Civil Veterinary Dept. North-West Frontier Province 1923-32 - 1923-1932
Year: 1923
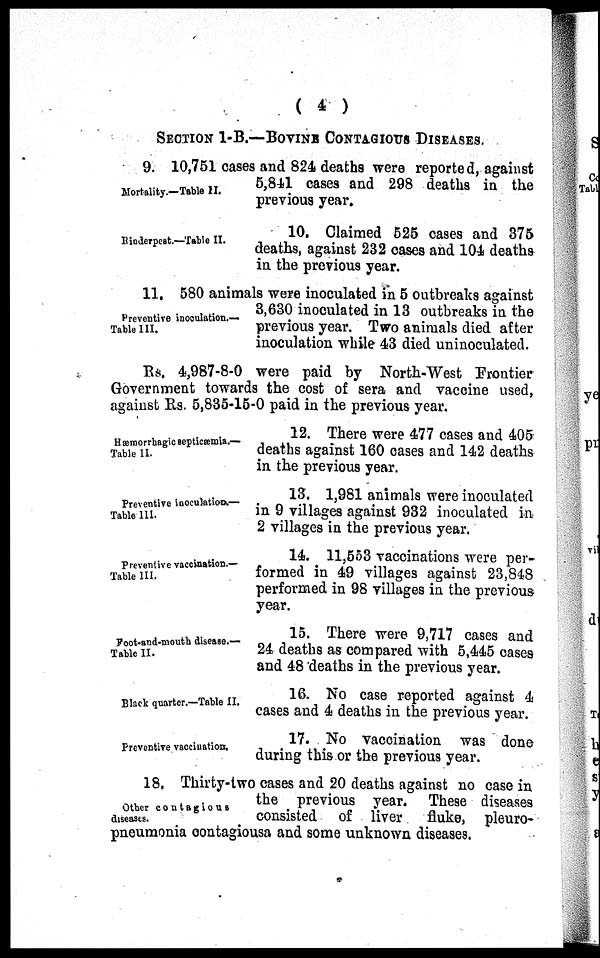
( 4 )
SECTION 1-B.—BOVINE CONTAGIOUS DISEASES.
Mortality.—Table II.
9. 10,751 cases and 824 deaths were reported, against
5,841 cases and 298 deaths in the
previous year.
Rinderpest.—Table II.
10. Claimed 525 cases and 375
deaths, against 232 cases and 104 deaths
in the previous year.
Preventive inoculation.—
Table III.
11. 580 animals were inoculated in 5 outbreaks against
3,630 inoculated in 13 outbreaks in the
previous year. Two animals died after
inoculation while 43 died uninoculated.
Rs. 4,987-8-0 were paid by North-West Frontier
Government towards the cost of sera and vaccine used,
against Rs. 5,835-15-0 paid in the previous year.
Hæmorrhagic septicæmia.—
Table II.
12. There were 477 cases and 405
deaths against 160 cases and 142 deaths
in the previous year.
Preventive inoculation.—
Table III.
13. 1,981 animals were inoculated
in 9 villages against 932 inoculated in
2 villages in the previous year.
Preventive vaccination.—
Table III.
14. 11,553 vaccinations were per-
formed in 49 villages against 23,848
performed in 98 villages in the previous
year.
Foot-and-mouth disease.—
Table II.
15. There were 9,717 cases and
24 deaths as compared with 5,445 cases
and 48 deaths in the previous year.
Black quarter.—Table II.
16. No case reported against 4
cases and 4 deaths in the previous year.
Preventive vaccination.
17. No vaccination was done
during this or the previous year.
Other contagious
diseases.
18. Thirty-two cases and 20 deaths against no case in
the previous year. These diseases
consisted of liver fluke, pleuro-
pneumonia contagiousa and some unknown diseases.